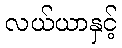
လယ်ယာနှင့်